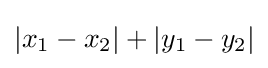
|x_{1}-x_{2}|+|y_{1}-y_{2}|